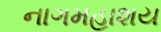
નાગમહાશય